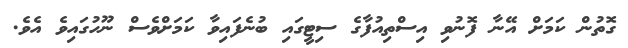
ގޮތުން ކަމަށް އޭނާ ފޮނުވި އިސްތިއުފާގެ ސިޓީގައި ބުނެފައިވާ ކަމަށްވެސް ނޫހުގައިވެ އެެވެ.